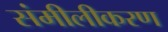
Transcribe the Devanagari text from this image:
संमीलीकरण